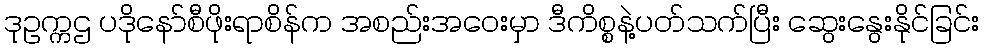
ဒုဥက္ကဌ ပဒိုနော်စီဖိုးရာစိန်က အစည်းအဝေးမှာ ဒီကိစ္စနဲ့ပတ်သက်ပြီး ဆွေးနွေးနိုင်ခြင်း